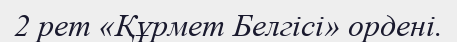
2 рет «Құрмет Белгісі» ордені.